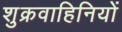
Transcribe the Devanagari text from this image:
शुक्रवाहिनियों